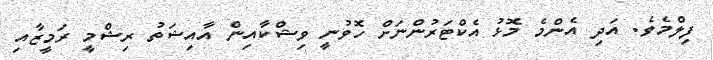
ފިލްމެވެ. އަދި އެންމެ މޮޅު އެކްޓަރުންނަށް ހޮވުނީ ވިޝްކާއިން އާއިޝަތު ރިޝްމީ ރަމީޒާއި